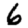
Digit: 6